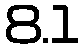
8.1